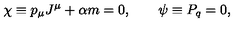
\chi \equiv p _ { \mu } J ^ { \mu } + \alpha m = 0 , \qquad \psi \equiv P _ { q } = 0 ,